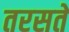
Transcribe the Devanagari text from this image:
तरसतें